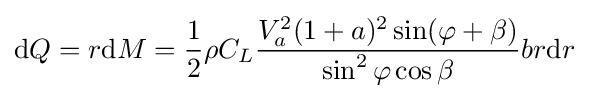
{\mbox{d}}Q=r{\mbox{d}}M={\frac {1}{2}}\rho C_{L}{\frac {V_{a}^{2}(1+a)^{2}\sin(\varphi +\beta )}{\sin ^{2}\varphi \cos \beta }}br{\mbox{d}}r